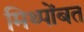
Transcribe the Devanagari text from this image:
मिथ्पोंबत